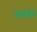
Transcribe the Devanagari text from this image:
मायनॉर्स